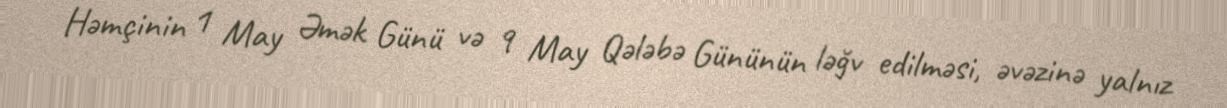
Həmçinin 1 May Əmək Günü və 9 May Qələbə Gününün ləğv edilməsi, əvəzinə yalnız